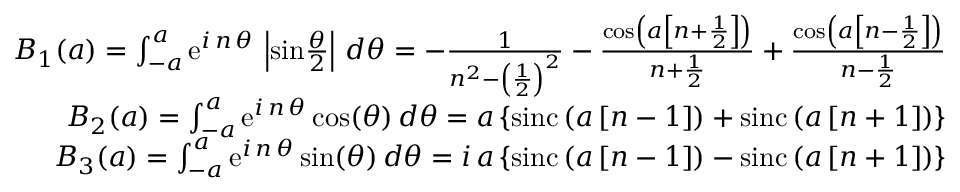
\begin{array} { r l r } & { } & { B _ { 1 } ( a ) = \int _ { - a } ^ { a } \mathrm { e } ^ { i \, n \, \theta } \, \left| \mathrm { s i n } { \frac { \theta } { 2 } } \right| \, d \theta = - { \frac { 1 } { n ^ { 2 } - \left( { \frac { 1 } { 2 } } \right) ^ { 2 } } } - { \frac { \mathrm { c o s } \left( a \left[ n + { \frac { 1 } { 2 } } \right] \right) } { n + { \frac { 1 } { 2 } } } } + { \frac { \mathrm { c o s } \left( a \left[ n - { \frac { 1 } { 2 } } \right] \right) } { n - { \frac { 1 } { 2 } } } } } \\ & { } & { B _ { 2 } ( a ) = \int _ { - a } ^ { a } \mathrm { e } ^ { i \, n \, \theta } \, \mathrm { c o s } ( \theta ) \, d \theta = a \left\{ \mathrm { s i n c } \left( a \left[ n - 1 \right] \right) + \mathrm { s i n c } \left( a \left[ n + 1 \right] \right) \right\} } \\ & { } & { B _ { 3 } ( a ) = \int _ { - a } ^ { a } \mathrm { e } ^ { i \, n \, \theta } \, \mathrm { s i n } ( \theta ) \, d \theta = i \, a \left\{ \mathrm { s i n c } \left( a \left[ n - 1 \right] \right) - \mathrm { s i n c } \left( a \left[ n + 1 \right] \right) \right\} } \end{array}